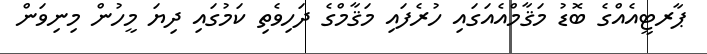
ޕާރޓީއެއްގެ ބޮޑު މަޤާމްއެއަގައި ހުރެފައި މަޤާމްގެ ދަހިވެތި ކަމުގައި ދިޔަ މީހުން މިނިވަން